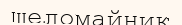
шеломайник